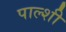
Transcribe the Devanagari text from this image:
पाल्शी